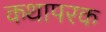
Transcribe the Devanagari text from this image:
कथापरक